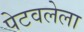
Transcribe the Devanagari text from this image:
पेटवलेला